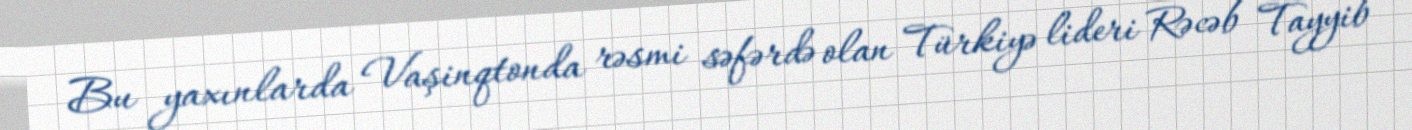
Bu yaxınlarda Vaşinqtonda rəsmi səfərdə olan Türkiyə lideri Rəcəb Tayyib